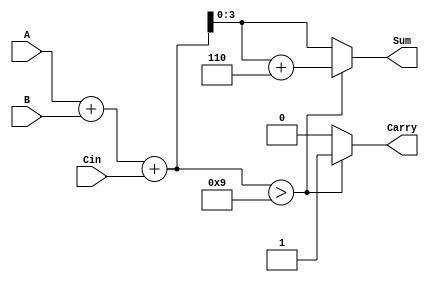
module BCD(A,B,Cin,Sum,Carry);
input [3:0]A,B;
input Cin;
output reg [3:0]Sum;
reg [4:0]temp;
output reg Carry;
always @(*)
begin
  temp= A+B+Cin;
   if(temp>9)
	begin
	   temp=temp+6;
		Carry=1;
		Sum=temp[3:0];
	end
   else
     begin
	   Carry=0;
		Sum=temp[3:0];
	 end
	end
endmodule